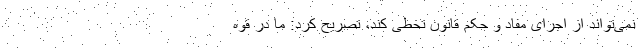
نمی‌تواند از اجرای مفاد و حکم قانون تخطی کند، تصریح کرد: ما در قوه